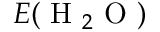
E ( \mathrm { ~ H ~ } _ { 2 } \mathrm { ~ O ~ } )